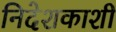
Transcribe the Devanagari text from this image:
निदेशकाशी